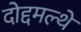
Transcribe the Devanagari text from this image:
दोद्दमल्थे